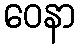
ဝေနာ